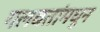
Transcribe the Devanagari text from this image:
गलबतांमधून